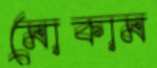
মোকাম